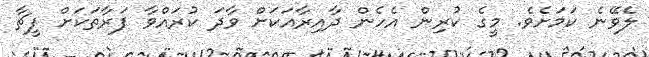
ލެވޭނެ ކަމަށެވެ. މީގެ ކުރިން އެހެން ދާއިރާއަކަށް ވާދަ ކުރައްވާ ފަރާތަކަށް ފީޗާ